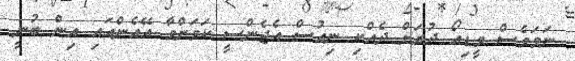
ނަމަވެސް ވީޑިއޯ ދުރަށް ދެއްކި ނިއުސް އެޖެންސީ ކަމަށްވާ އޭއެންއައި އިން ބުނީ